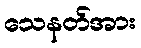
သေနတ်အား